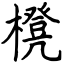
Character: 櫈